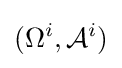
(\Omega ^{i},{\mathcal {A}}^{i})